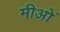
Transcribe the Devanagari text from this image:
मीओं